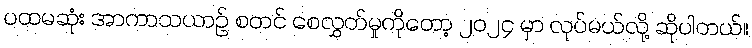
ပထမဆုံး အာကာသယာဉ် စတင် စေလွှတ်မှုကိုတော့ ၂၀၂၄ မှာ လုပ်မယ်လို့ ဆိုပါတယ်။